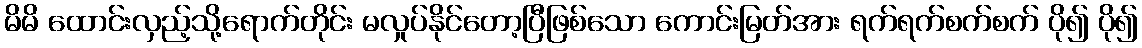
မိမိ ထောင်းလှည့်သို့ရောက်တိုင်း မလှုပ်နိုင်တော့ပြီဖြစ်သော ကောင်းမြတ်အား ရက်ရက်စက်စက် ပို၍ ပို၍